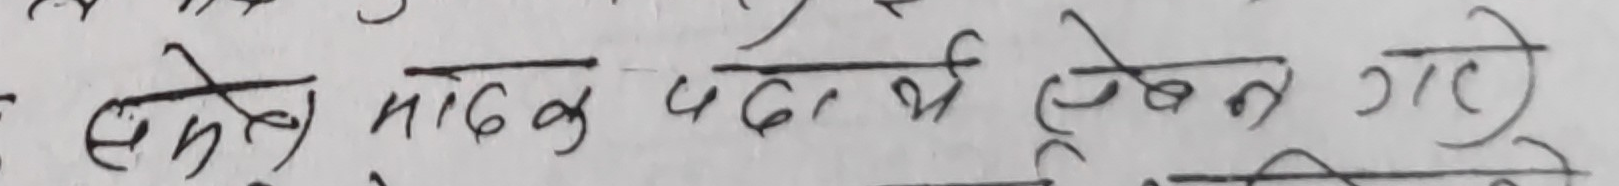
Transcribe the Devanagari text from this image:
समेत माढिक पदार्थ लेखन गरे